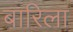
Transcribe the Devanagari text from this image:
बारिला